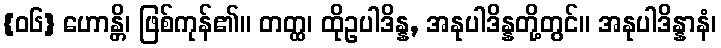
{၀၆} ဟောန္တိ၊ ဖြစ်ကုန်၏။ တတ္ထ၊ ထိုဥပါဒိန္န, အနုပါဒိန္နတို့တွင်။ အနုပါဒိန္နာနံ၊